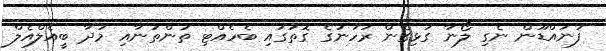
ފުނައްޑޫން ނެގި ލޯނާ ގުޅިގެން ރަހުނުގެ ގޮތުގައި ބެހެއްޓި ތަންތަނާއި މުދާ ބީއެލްއެލް